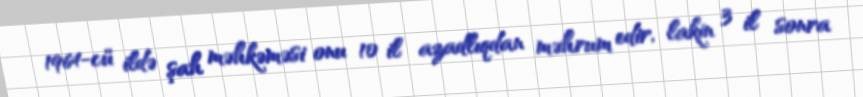
1964-cü ildə şah məhkəməsi onu 10 il azadlıqdan məhrum edir, lakin 3 il sonra